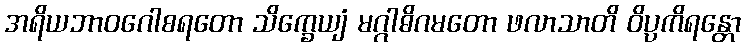
အရိယဘာဝဂေါစရတော သိက္ခေယျံ မဂ္ဂါဓိဂမတော ဖလာသာတိ ဝိပ္ပကိရန္တော